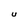
Character: U